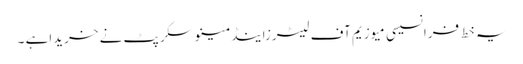
یہ خط فرانسیسی میوزیم آف لیٹرزاینڈمینوسکرپٹ نے خریداہے ۔